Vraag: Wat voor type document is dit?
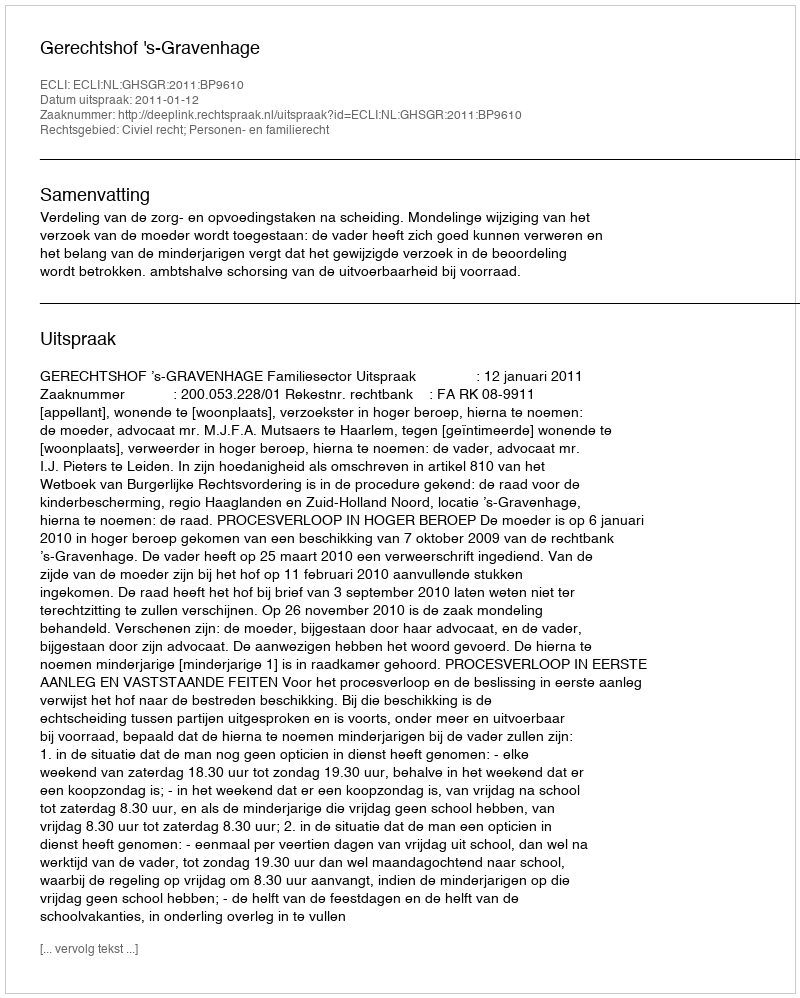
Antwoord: Uitspraak